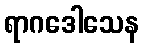
ရာဂဒေါသေန